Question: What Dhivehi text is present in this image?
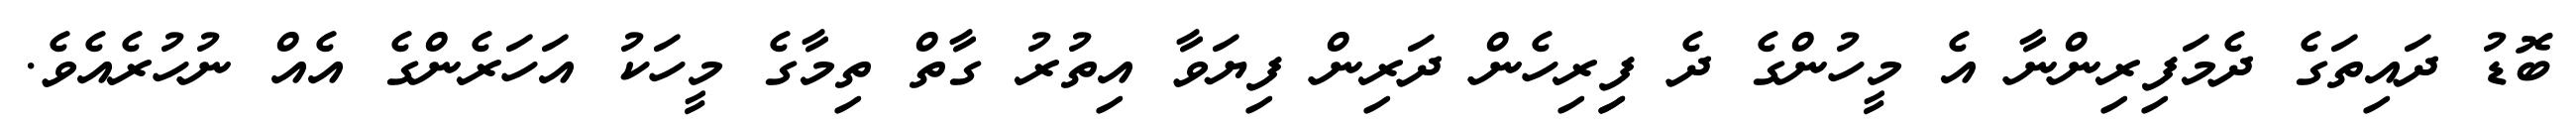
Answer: ބޮޑު ދައިތަގެ ދެމަފިރިންނާ އެ މީހުންގެ ދެ ފިިރިހެން ދަރިން ފިޔަވާ އިތުރު ގާތް ތިމާގެ މީހަކު އަހަރެންގެ އެއް ނުހުރެއެވެ.